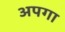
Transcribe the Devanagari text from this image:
अपगा